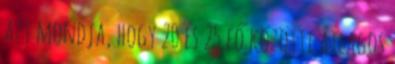
azt mondja, hogy 20 és 25 fő közötti átlagos